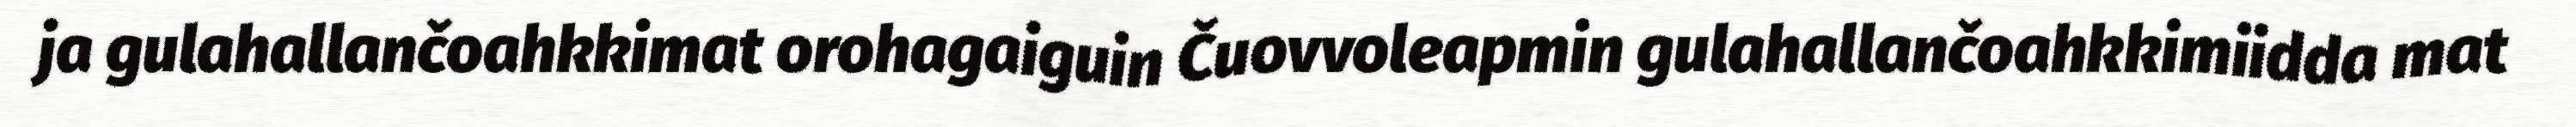
ja gulahallančoahkkimat orohagaiguin Čuovvoleapmin gulahallančoahkkimiidda mat